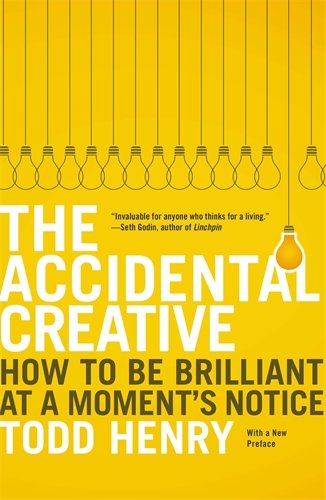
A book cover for The Accidental Creative: How to Be Brilliant at a Moment's Notice; Todd Henry; Self-Help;